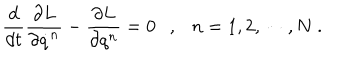
\frac { d } { d t } \frac { \partial L } { \partial \dot { q } ^ { n } } - \frac { \partial L } { \partial q ^ { n } } = 0 \ \ \ , \ \ \ n = 1 , 2 , \cdots , N \ .